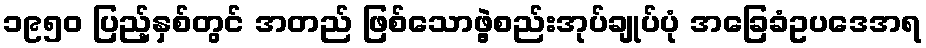
၁၉၅၀ ပြည့်နှစ်တွင် အတည် ဖြစ်သောဖွဲ့စည်းအုပ်ချုပ်ပုံ အခြေခံဥပဒေအရ